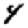
Digit: 4